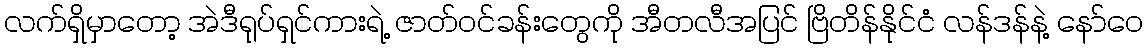
လက်ရှိမှာတော့ အဲဒီရုပ်ရှင်ကားရဲ့ ဇာတ်ဝင်ခန်းတွေကို အီတလီအပြင် ဗြိတိန်နိုင်ငံ လန်ဒန်နဲ့ နော်ဝေ